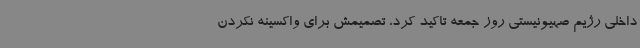
داخلی رژیم صهیونیستی روز جمعه تاکید کرد، تصمیمش برای واکسینه نکردن